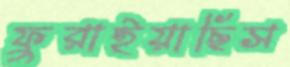
ফুরাইয়াছিস